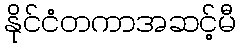
နိုင်ငံတကာအဆင့်မီ